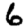
Digit: 6